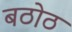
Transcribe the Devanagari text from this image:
बठोठ